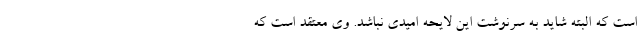
است که البته شاید به سرنوشت این لایحه امیدی نباشد. وی معتقد است که